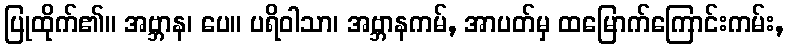
ပြုထိုက်၏။ အဗ္ဘာန၊ ပေ။ ပရိဝါသာ၊ အဗ္ဘာနကမ်, အာပတ်မှ ထမြောက်ကြောင်းကမ်း,